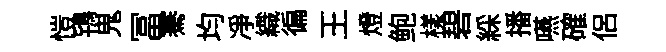
愷鴇鬼冨騫均净織徧王燈鲍樣碧綵播嚥確侶